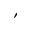
\prime